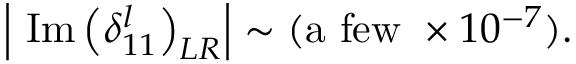
\left| ~ \mathrm { I m } \left( \delta _ { 1 1 } ^ { l } \right) _ { L R } \right| \sim ( \mathrm { a ~ f e w ~ } \times 1 0 ^ { - 7 } ) .